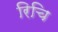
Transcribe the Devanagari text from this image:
रिचि